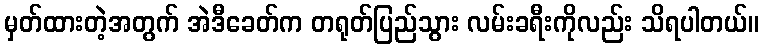
မှတ်ထားတဲ့အတွက် အဲဒီခေတ်က တရုတ်ပြည်သွား လမ်းခရီးကိုလည်း သိရပါတယ်။